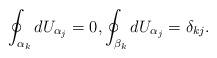
LaTeX: \begin{align*}\oint_{\alpha_k} dU_{\alpha_j}=0, \oint_{\beta_k} dU_{\alpha_j}=\delta_{kj}. \end{align*}